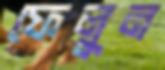
ফেলুন